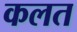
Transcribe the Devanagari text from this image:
कलत